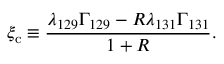
\xi _ { \mathrm { c } } \equiv \frac { \lambda _ { 1 2 9 } \Gamma _ { 1 2 9 } - R \lambda _ { 1 3 1 } \Gamma _ { 1 3 1 } } { 1 + R } .